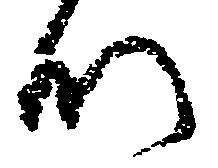
以